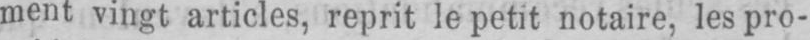
ment vingt articles, reprit le petit notaire, les pro-